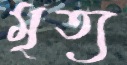
মৃত্য